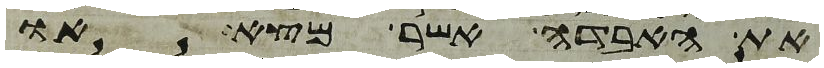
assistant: את האבדה אשר מצא או